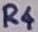
Text: R4